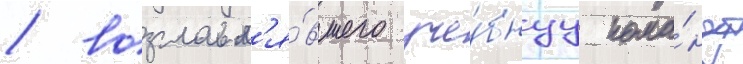
/ возглавл'я́вшего уче́бнуу кома́нду